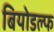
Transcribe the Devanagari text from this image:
बियोडल्फ